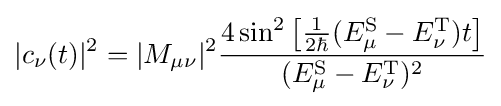
|c_{\nu }(t)|^{2}=|M_{\mu \nu }|^{2}{\frac {4\sin ^{2}{\big [}{\tfrac {1}{2\hbar }}(E_{\mu }^{\text{S}}-E_{\nu }^{\text{T}})t{\big ]}}{(E_{\mu }^{\text{S}}-E_{\nu }^{\text{T}})^{2}}}